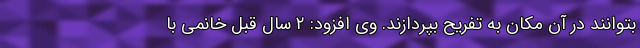
بتوانند در آن مکان به تفریح بپردازند. وی افزود: ۲ سال قبل خانمی با